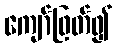
ကျော်ဖြတ်၍